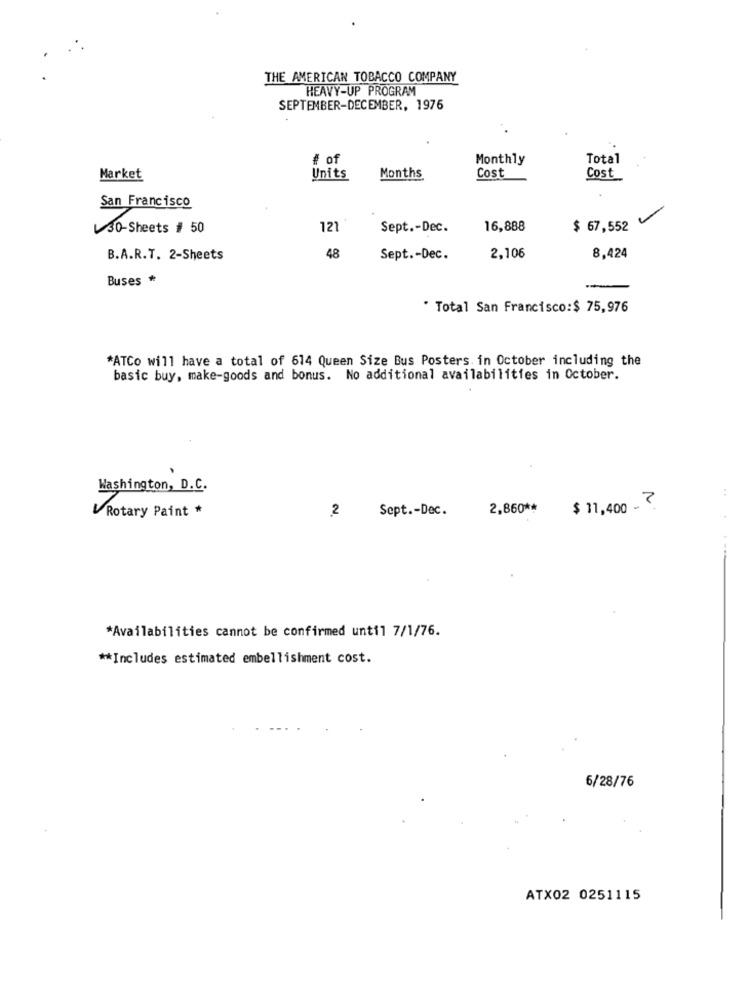
THE AMERICAN TOBACCO COMPANY
HEAVY-UP PROGRAM
SEPTEMBER-DECEMBER, 1976
# of
Monthly
Total
Market
Units
Months
Cost
Cost
San Francisco
30-Sheets # 50
121
Sept .- Dec.
16,888
$ 67,552
B.A.R.T. 2-Sheets
48
Sept .- Dec.
2,106
8,424
Buses *
· Total San Francisco:$ 75,976
*ATCo will have a total of 614 Queen Size Bus Posters. in October including the
basic buy, make-goods and bonus. No additional availabilities in October.
Washington, D.C.
:
Rotary Paint *
2
Sept .- Dec.
2,860 **
$ 11,400 - ?
*Availabilities cannot be confirmed until 7/1/76.
** Includes estimated embellishment cost.
6/28/76
ATX02 0251115